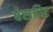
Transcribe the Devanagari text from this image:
बेरापिट